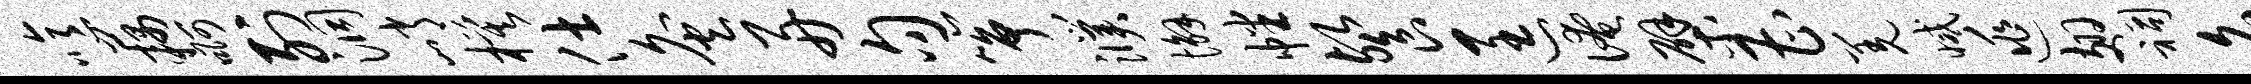
噫藕啊列洞峭模仕灸舟句筝濮懈幡餐匡淹檗曹羌减逃翅祠名